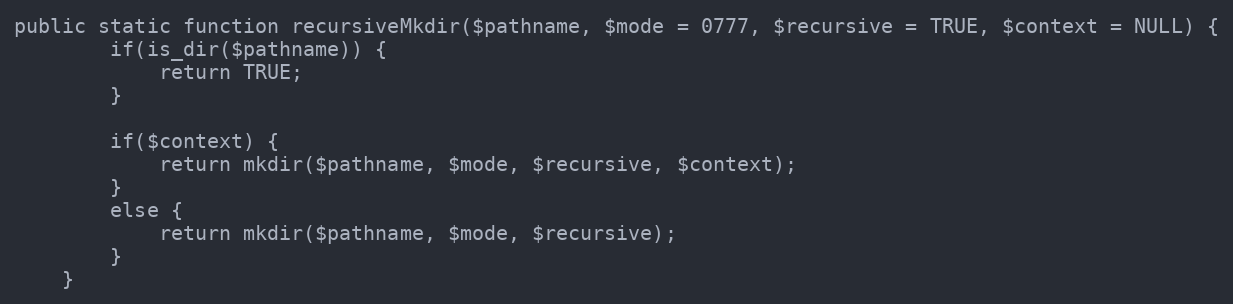
Language: PHP
public static function recursiveMkdir($pathname, $mode = 0777, $recursive = TRUE, $context = NULL) {
        if(is_dir($pathname)) {
            return TRUE;
        }

        if($context) {
            return mkdir($pathname, $mode, $recursive, $context);
        }
        else {
            return mkdir($pathname, $mode, $recursive);
        }
    }